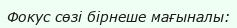
Фокус сөзі бірнеше мағыналы: